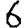
Digit: 6